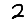
Digit: 2